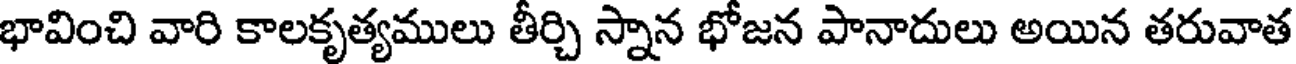
భావించి వారి కాలకృత్యములు తీర్చి స్నాన భోజన పానాదులు అయిన తరువాత